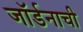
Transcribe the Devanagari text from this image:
जॉर्डनाची